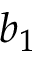
b _ { 1 }